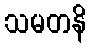
သမတနိ